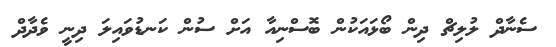
ސެނާދް ލުލިޗް ދިން ބޯޅައަކުން ބޮސްނިއާ އަށް ސުން ކަނޑުވައިލަ ދިނީ ވެދާދް